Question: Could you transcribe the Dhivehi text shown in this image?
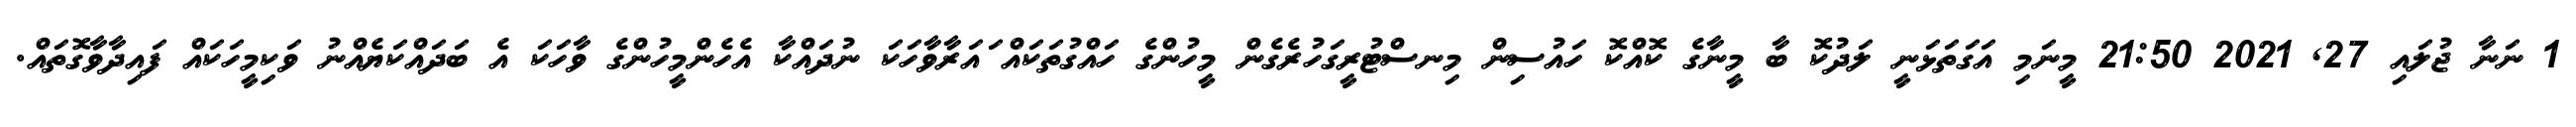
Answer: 1 ނަނާ ޖުލައި 27, 2021 21:50 މީނަމި އަގަތަޅަނީ ލަދުކޮ ބާ މީނާގެ ކޮއްކޮ ހައުސިން މިނސްޓުރީގަހުރެގެން މީހުންގެ ހައްގުތަކައް ައަރާވާހަކަ ނުދައްކާ އެހެންމީހުންގެ ވާހަކަ އެ ބަދައްކަޔެއްނު ވަކިމީހަކައް ފައިދާވާގޮތައް.